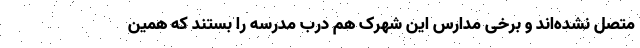
متصل نشده‌اند و برخی مدارس این شهرک هم درب مدرسه را بستند که همین